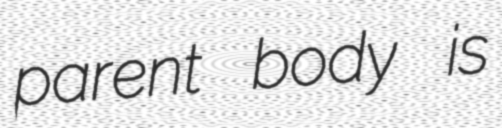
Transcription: parent body is